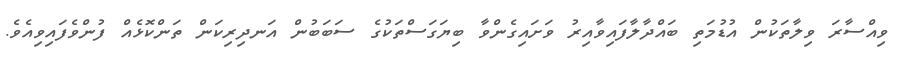
ވިއްސާރަ ވިލާތަކުން އުޑުމަތި ބައްދާލާފައިވާއިރު ވަށައިގެންވާ ބިޔަގަސްތަކުގެ ސަބަބުން އަނދިރިކަން ތަންކޮޅެއް ފުންވެފައިވިއެވެ.